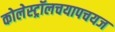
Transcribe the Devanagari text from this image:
कोलेस्ट्रॉलचयापचयज